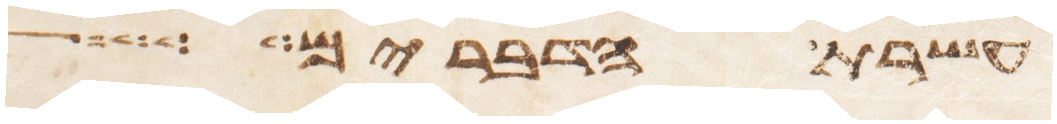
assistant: עשרת הדברים